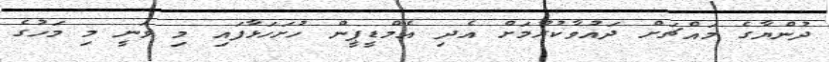
ދުންޔާގެ މައްޗަށް ދައުވާކުރުމަށް އެދި އެމްޑީޕީން ހުށަހަޅާފައި މި ވަނީ މި މަހުގެ